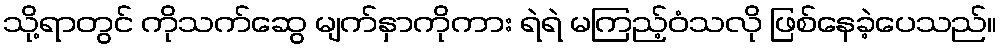
သို့ရာတွင် ကိုသက်ဆွေ မျက်နှာကိုကား ရဲရဲ မကြည့်ဝံသလို ဖြစ်နေခဲ့ပေသည်။